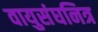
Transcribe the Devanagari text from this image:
वायुसंघनित्र